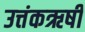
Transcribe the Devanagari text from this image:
उत्तंकऋषी